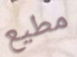
مطيع